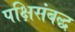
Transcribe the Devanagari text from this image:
पक्षिसंबद्ध